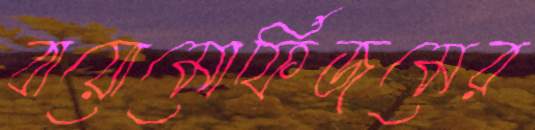
বায়োমোর্ফিজমের